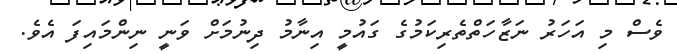
ވެސް މި އަހަރު ނަޒާހަތްތެރިކަމުގެ ގައުމީ އިނާމު ދިނުމަށް ވަނީ ނިންމައިފަ އެވެ.